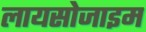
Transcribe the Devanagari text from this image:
लायसोजाइम